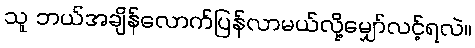
သူ ဘယ်အချိန်လောက်ပြန်လာမယ်လို့မျှော်လင့်ရလဲ။